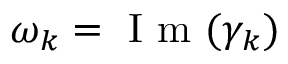
\omega _ { k } = \mathrm { ~ I ~ m ~ } ( \gamma _ { k } )